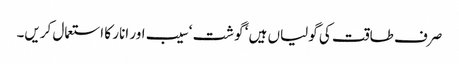
صرف طاقت کی گولیاں ہیں ‘ گوشت ‘ سیب اور انار کا استعمال کریں۔